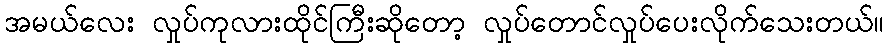
အမယ်လေး လှုပ်ကုလားထိုင်ကြီးဆိုတော့ လှုပ်တောင်လှုပ်ပေးလိုက်သေးတယ်။